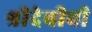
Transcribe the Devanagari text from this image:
श्रीदेवीची